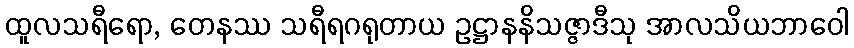
ထူလသရီရော, တေနဿ သရီရဂရုတာယ ဥဋ္ဌာနနိသဇ္ဇာဒီသု အာလသိယဘာဝေါ